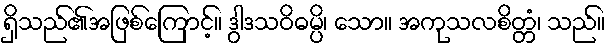
ရှိသည်၏အဖြစ်ကြောင့်။ ဒွါဒသဝိဓမ္ပိ၊ သော။ အကုသလစိတ္တံ၊ သည်။